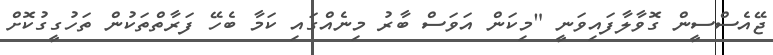
ޖޭއެސްސީން ގޮވާލާފައިވަނީ "މިކަން އަވަސް ބާރު މިނެއްގައި ކަމާ ބެހޭ ފަރާތްތަކުން ތަހުގީގުކޮށް